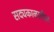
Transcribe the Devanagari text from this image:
सद्यकाळातील